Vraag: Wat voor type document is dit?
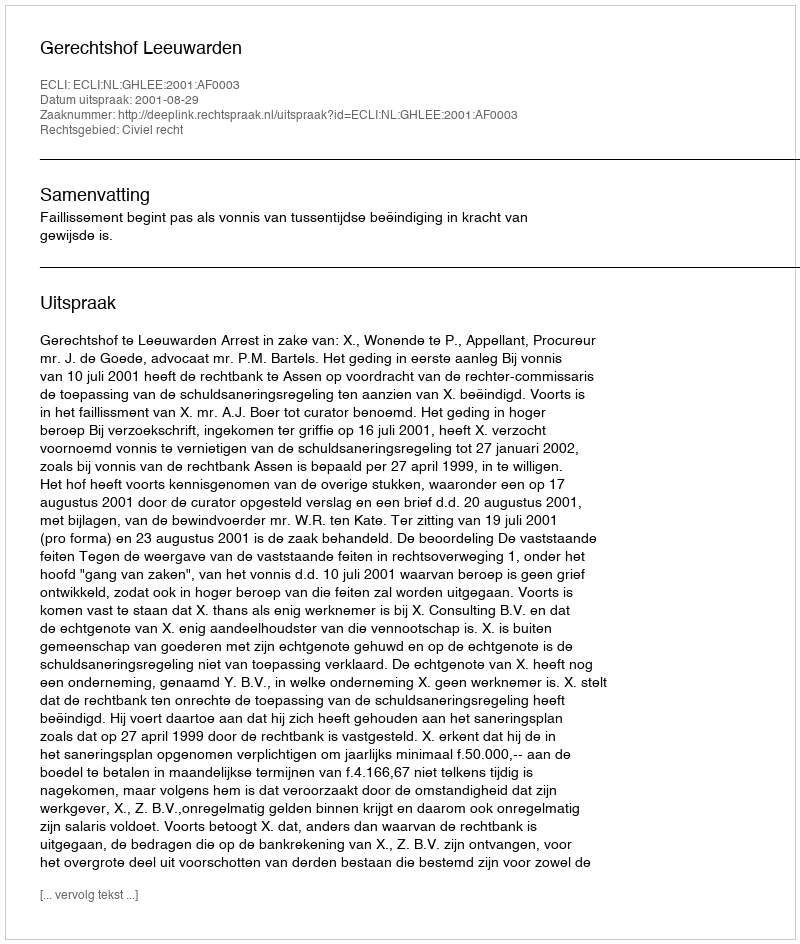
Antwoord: Uitspraak